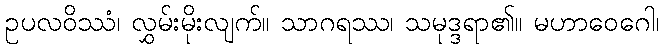
ဥပလဝိဿံ၊ လွှမ်းမိုးလျက်။ သာဂရဿ၊ သမုဒ္ဒရာ၏။ မဟာဝေဂေါ၊